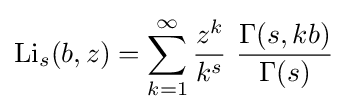
\operatorname {Li} _{s}(b,z)=\sum _{k=1}^{\infty }{\frac {z^{k}}{k^{s}}}~{\frac {\Gamma (s,kb)}{\Gamma (s)}}